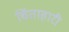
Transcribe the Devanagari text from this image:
चिंताहारी